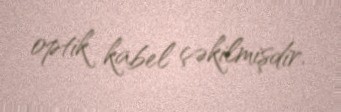
optik kabel çəkilmişdir.